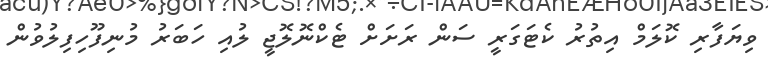
ވިޔަފާރި ކޮލަމް އިތުރު ކެޓަގަރީ ސަން ރަށަށް ޓެކްނޮލޮޖީ ލުއި ހަބަރު މުނިފޫހިފިލުވުން